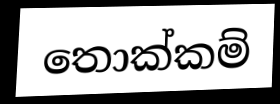
තොක්කම්